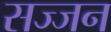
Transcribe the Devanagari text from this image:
सज्‍जन